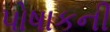
પોષાકની